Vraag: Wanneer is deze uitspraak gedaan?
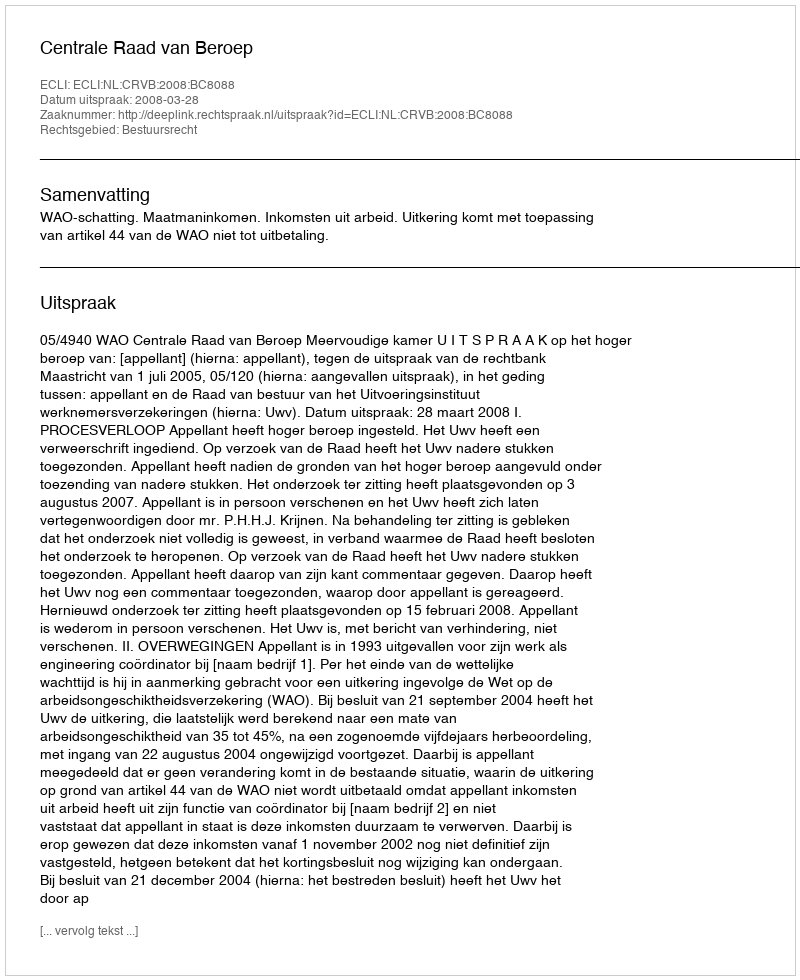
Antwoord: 2008-03-28